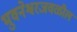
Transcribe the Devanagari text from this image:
भुवनेश्वरजवळील